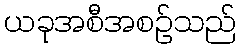
ယခုအစီအစဉ်သည်